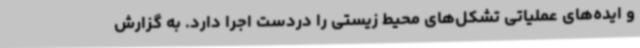
و ایده‌های عملیاتی تشکل‌های محیط زیستی را دردست اجرا دارد. به گزارش